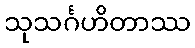
သုသင်္ဂဟိတာဿ